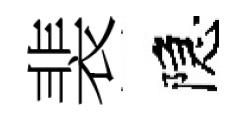
裴隠